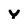
Character: Y